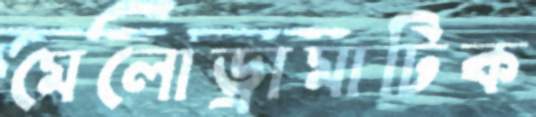
মেলোড্রামাটিক